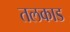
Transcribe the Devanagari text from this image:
तलकाड